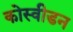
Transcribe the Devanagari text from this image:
कोस्वीडन